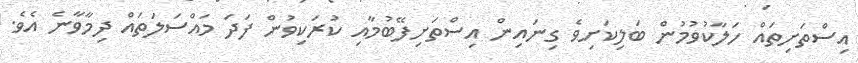
އިސްތަށިތައް ހަލާކުވުމުން ބަލިކަށިވެ ގިނައިން އިސްތަށިފޭބުމާއި ކުރަކިވުން ފަދަ މައްސަލަތައް ދިމާވާނެ އެވެ.